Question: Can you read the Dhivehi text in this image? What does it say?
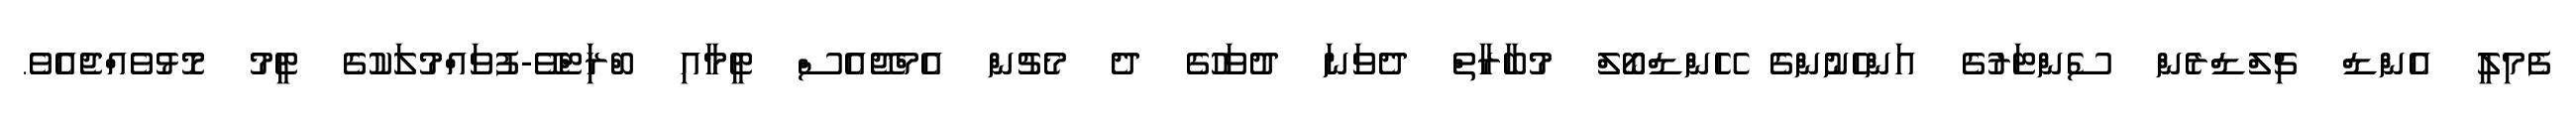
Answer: ފެމިލީ އެންޑް ޗިލްޑްރެން ސެންޓަރުގެ އަންހެނުންގެ ހޭންޑްބޯލް މުބާރާތް ދެވަނަ ދުވަހުގެ ދެ މެޗުން އެމްޖޭއެސް ޓީމާއި ބްރަިޓްވޭ-ފުވައްމުލަކުގެ ޓީމު މޮޅުވެއްޖެއެވެ.